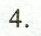
4.